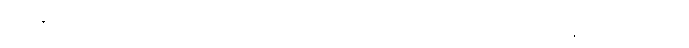
၁၆။ ဆယ်ပါးရယ်ဘွယ်၊ မှတ်ကြောင်းသွယ်ပိမ့်၊ ဉာဏ်ကျယ်ပါလျက်၊ ပွဲလယ်ချက်ဝယ်၊ နုတ်ထွက်ယွင်းပါး၊